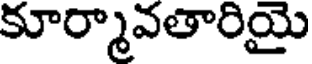
కూర్మావతారియై